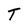
Character: T